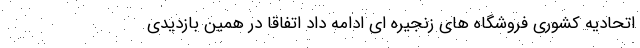
اتحادیه کشوری فروشگاه های زنجیره ای ادامه داد اتفاقا در همین بازدیدی